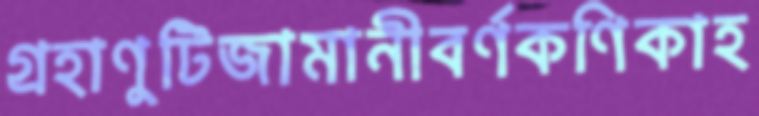
গ্রহাণুটিজামানীবর্ণকণিকাহ